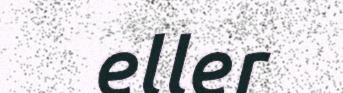
eller